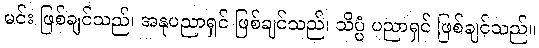
မင်း ဖြစ်ချင်သည်၊ အနုပညာရှင် ဖြစ်ချင်သည်၊ သိပ္ပံ ပညာရှင် ဖြစ်ချင်သည်။